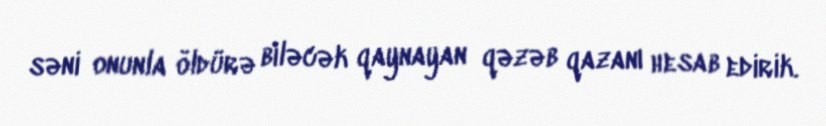
səni onunla öldürə biləcək qaynayan qəzəb qazanı hesab edirik.